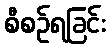
စီစဉ်ရခြင်း